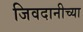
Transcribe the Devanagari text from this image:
जिवदानीच्या